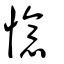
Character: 憶